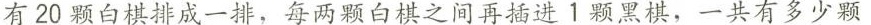
有20颗白棋排成一排，每两颗白棋之间再插进1颗黑棋，一共有多少颗